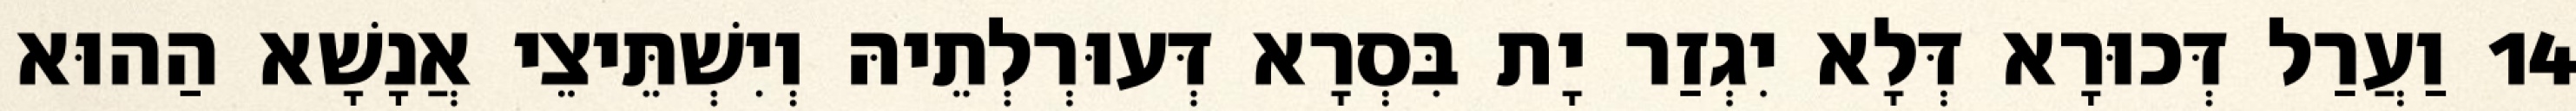
14 וַעֲרַל דְּכוּרָא דְּלָא יִגְזַר יָת בִּסְרָא דְּעוּרְלְתֵיהּ וְיִשְׁתֵּיצֵי אֲנָשָׁא הַהוּא